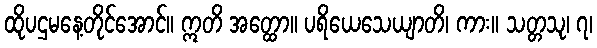
ထိုပဌမနေ့တိုင်အောင်။ ဣတိ အတ္ထော။ ပရိယေသေယျာတိ၊ ကား။ သတ္တသု၊ ၇၊